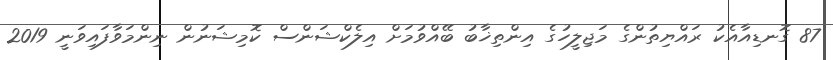
87 ގޮނޑިއާއެކު ރައްޔިތުންގެ މަޖިލީހުގެ އިންތިޚާބު ބޭއްވުމަށް އިލެކްޝަންސް ކޮމިޝަނުން ނިންމަވާފައިވަނީ 2019